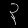
Digit: ၃